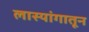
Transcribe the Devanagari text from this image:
लास्यांगातून